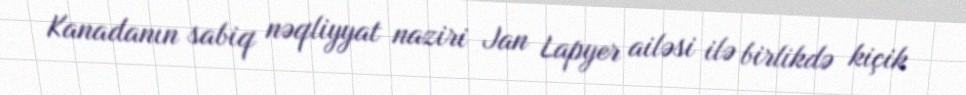
Kanadanın sabiq nəqliyyat naziri Jan Lapyer ailəsi ilə birlikdə kiçik